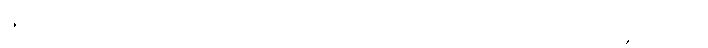
အသီးရှိသော။ သာခံ၊ အကိုင်းကို။ ဥက္ခိပိတွာဝါ၊ မြှောက်၍သော်၎င်း။ ဂစ္ဆတိ၊ ၏။